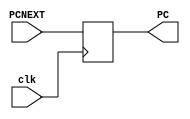
`timescale 1ns/1ps

module PC #(parameter WIDTH = 32)(
	input clk,
	input [WIDTH-1:0]PCNEXT,
	output reg [WIDTH-1:0]PC
);
	always @(posedge clk)
	begin
			PC <= PCNEXT;
	end
	
	initial
		begin
			PC = 32'b0;
		end
    
endmodule